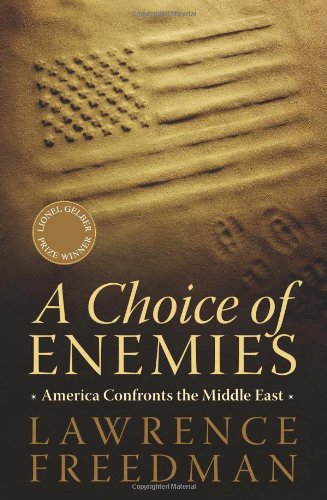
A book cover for A Choice of Enemies: America Confronts the Middle East; Lawrence Freedman; History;